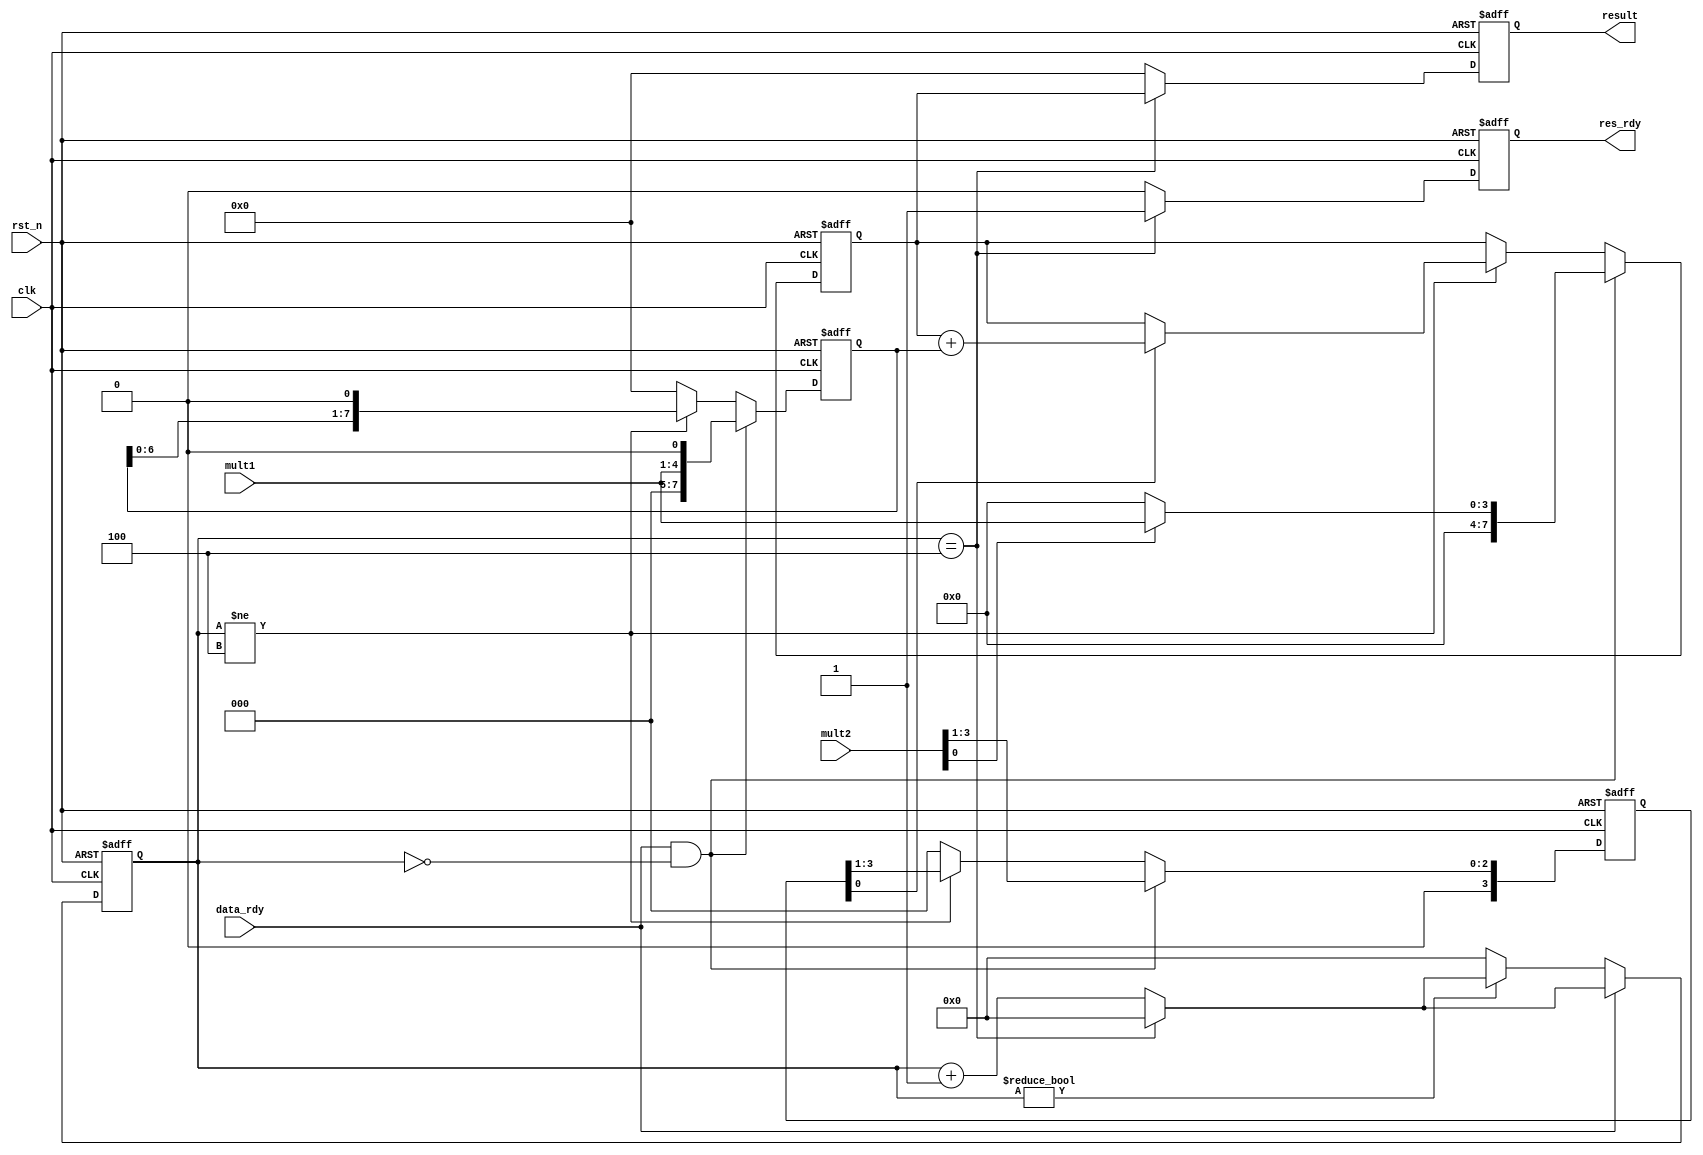
/**********************************************************
// Copyright @ 2021 H. All rights reserved
// Contact with e611hx@gmail.com
============================================================
>> Author   : H
>> Date     : 2021-11-16
>> Filename    : mult.v
>> Modulename  : mult
>> Description : 
>> Version  : 1.0
************************************************************/

module mult
#(
    parameter N = 4,
    parameter M = 4
)
(
    input   clk,
    input   rst_n,
    input   data_rdy,
    input  [N-1:0] mult1,
    input  [M-1:0] mult2,

    output      res_rdy,
    output  [N+M-1:0]   result
);
    // calculate counter
    reg [31:0]  cnt;

    wire [31:0]     cnt_temp = (cnt == M) ? 32'b0 : cnt + 1'b1;

/*******************************************************************************
 *                                 Main Code
*******************************************************************************/

    always @(posedge clk or negedge rst_n ) begin
        if(!rst_n)begin
            cnt <= 32'b0;
        end
        else if (data_rdy) begin
            cnt <= cnt_temp;
        end
        // input enable only keep a while and the result still not be
        // computed, so keep cnt counting
        else if (cnt != 0 ) begin  //mrg^
            cnt    <= cnt_temp ;
        end
        else begin
            cnt <= 32'b0;
        end
    end

    //multiply
    reg [M+N-1:0]   mult1_shift;
    reg [M-1:0]     mult2_shift;
    reg [M+N-1:0]   mult_acc;

    always @(posedge clk or negedge rst_n ) begin
        if(!rst_n)begin
            mult1_shift <= 'b0;
            mult2_shift <= 'b0;
            mult_acc <= 'b0;
        end
        else if (data_rdy && cnt == 'b0) begin
            mult1_shift <= {{M{1'b0}}, mult1} << 1;
            mult2_shift <= mult2 >> 1;
            mult_acc <= mult2[0] ? {{M{1'b0}}, mult1} : 'b0;
        end
        else if (cnt != M) begin
            mult1_shift <= mult1_shift << 1;
            mult2_shift <= mult2_shift >> 1;
            mult_acc    <= mult2_shift[0] ? mult_acc + mult1_shift : mult_acc;
        end
        else begin
            mult1_shift <= 'b0;
            mult2_shift <= 'b0;
        end
    end

    wire checkpoint;
    assign checkpoint = data_rdy && cnt;

        // result
    reg [M+N-1:0] res_r;
    reg            res_rdy_r;
    always @(posedge clk or negedge rst_n ) begin
            if(!rst_n)begin
                res_r <= 'b0;
                res_rdy_r <= 'b0;
            end
            else if (cnt == M) begin
                res_r <= mult_acc;
                res_rdy_r <= 1'b1;
            end
            else begin
                res_r <= 'b0;
                res_rdy_r <= 'b0;
            end
        end
    
    assign res_rdy = res_rdy_r;
    assign result = res_r;


endmodule